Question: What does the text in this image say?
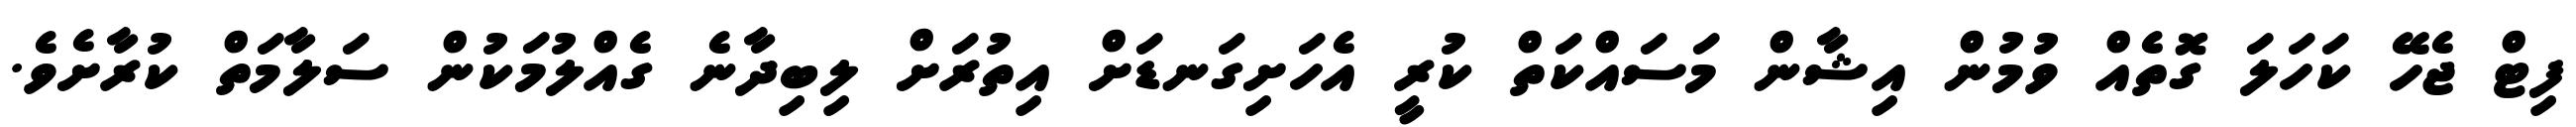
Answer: ފިޓް ޖެހޭ ކަހަލަ ގޮތެއް ވުމުން އިޝާން މަސައްކަތް ކުރީ އެހަށިގަނޑަށް އިތުރަށް ލިބިދާނެ ގެއްލުމަކުން ސަލާމަތް ކުރާށެވެ.